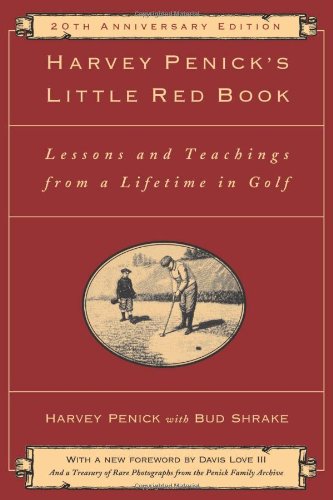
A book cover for Harvey Penick's Little Red Book: Lessons And Teachings From A Lifetime In Golf; Harvey Penick; Sports & Outdoors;